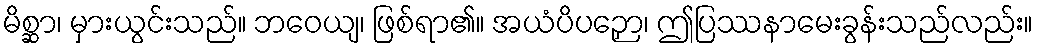
မိစ္ဆာ၊ မှားယွင်းသည်။ ဘဝေယျ၊ ဖြစ်ရာ၏။ အယံပိပဉှော၊ ဤပြဿနာမေးခွန်းသည်လည်း။